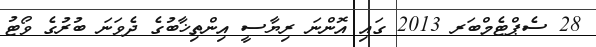
28 ސެޕްޓެމްބަރ 2013 ގައި އޮންނަ ރިޔާސީ އިންތިޚާބުގެ ދެވަނަ ބުރުގެ ވޯޓު